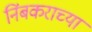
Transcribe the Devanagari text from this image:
निंबकराच्या